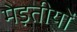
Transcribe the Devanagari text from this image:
मेड़तीयों